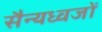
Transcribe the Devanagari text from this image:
सैन्यध्वजों